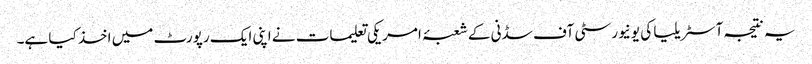
یہ نتیجہ آسٹریلیا کی یونیورسٹی آف سڈنی کے شعبۂ امریکی تعلیمات نے اپنی ایک رپورٹ میں اخذ کیا ہے۔